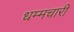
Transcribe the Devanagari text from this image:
धम्मचारी